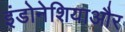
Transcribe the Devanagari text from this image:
इंडोनेशियाऔर